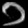
Digit: ၁